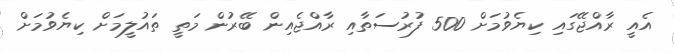
އެއީ ރާއްޖޭގައި ކިޔެވުމަށް 500 ފުރުސަތާއި ރާއްޖެއިން ބޭރުން މަތީ ތައުލީމަށް ކިޔެވުމަށް